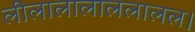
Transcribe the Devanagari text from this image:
लीलालालाललालल।